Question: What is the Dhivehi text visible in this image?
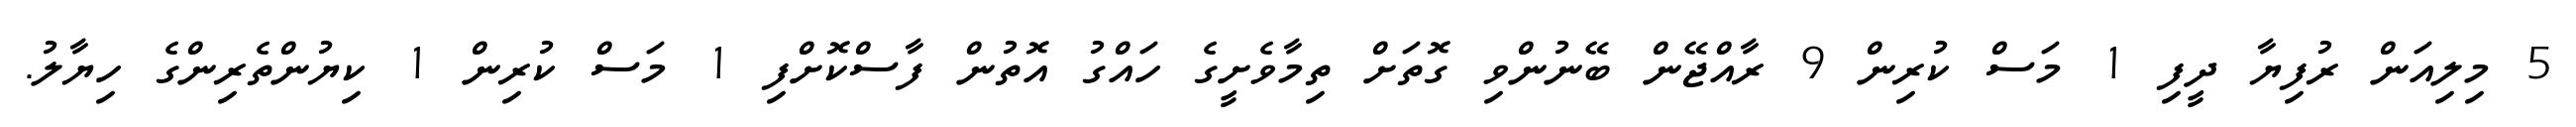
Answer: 5 މިލިއަން ރުފިޔާ ދީފި 1 މަސް ކުރިން 9 ރާއްޖޭން ބޭނުންވި ގޮތަށް ތިމާވެށީގެ ހައްގު އޮތުން ފާސްކޮށްފި 1 މަސް ކުރިން 1 ކިޔުންތެރިންގެ ހިޔާލު.